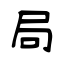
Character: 局